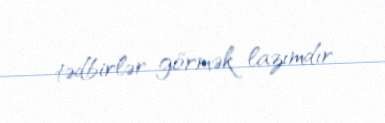
tədbirlər görmək lazımdır.